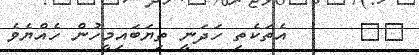
٥٩      އެތަކެތި ހަދަނީ ތިޔަބައިމީހުން ހެއްޔެވެ